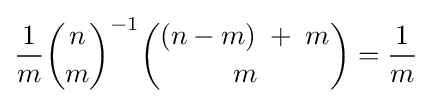
{\frac {1}{m}}{n \choose m}^{-1}{(n-m)\;+\;m \choose m}={\frac {1}{m}}